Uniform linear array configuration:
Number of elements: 24
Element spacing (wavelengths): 0.75
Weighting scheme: uniform
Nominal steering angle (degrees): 45
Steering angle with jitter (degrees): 46.444
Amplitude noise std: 0.05
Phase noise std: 0.05

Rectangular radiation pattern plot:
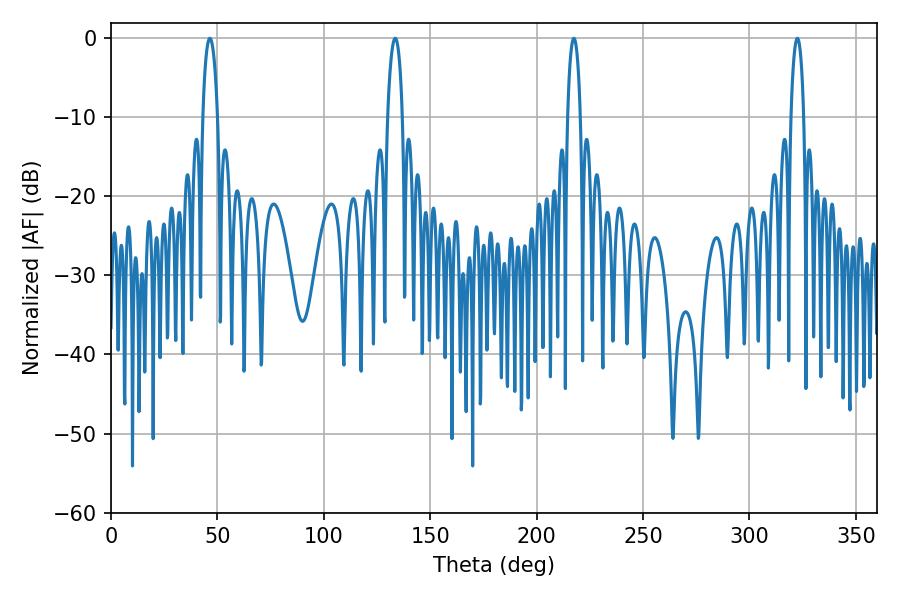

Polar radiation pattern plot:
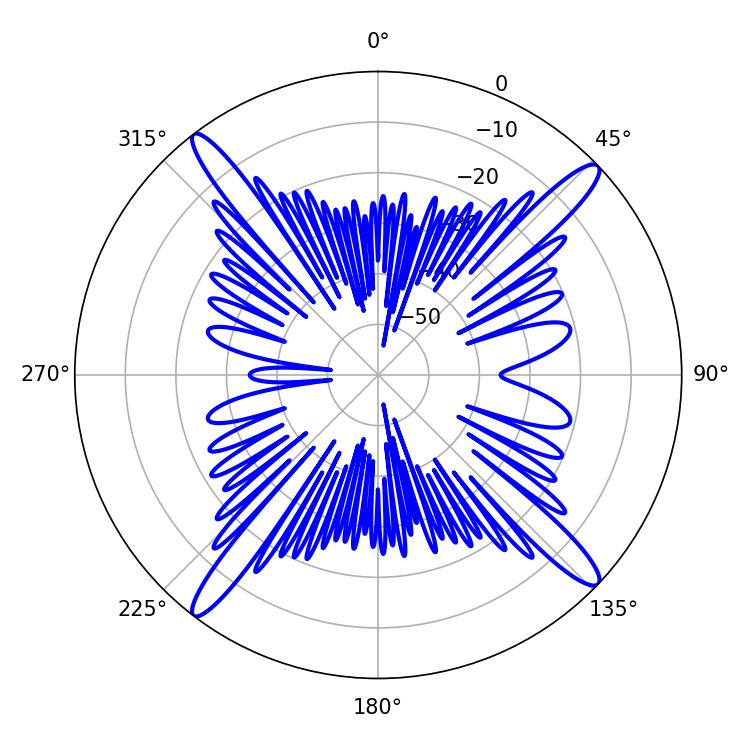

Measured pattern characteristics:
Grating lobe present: TRUE
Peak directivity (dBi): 18.001
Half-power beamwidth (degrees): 3.96
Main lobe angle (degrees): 46.44